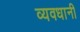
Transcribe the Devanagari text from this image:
व्यवधानी